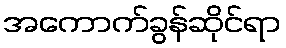
အကောက်ခွန်ဆိုင်ရာ